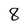
Character: 8